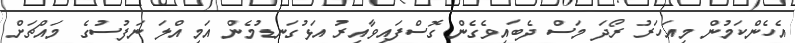
އެހެންކަމުން މިއަހަރު ރޯދަ މަސް ދެބައިވެގެން ގޮސްފައިވާއިރު އަޅުގަނޑުމެން އަމިއްލަ ނަފުސުގެ މައްޗަށް